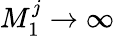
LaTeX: M_{1}^{j}\rightarrow\infty